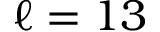
\ell = 1 3